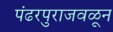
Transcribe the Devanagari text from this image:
पंढरपुराजवळून